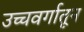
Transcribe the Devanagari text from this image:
उच्चवर्गातून